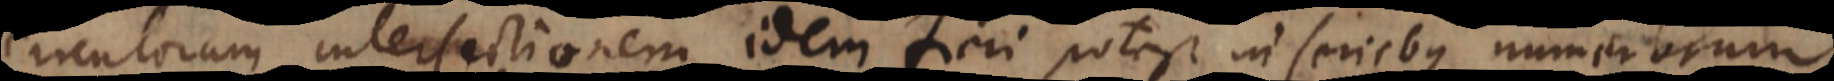
circulorum intersectionem. Idem fieri potest in seriebus numerorum.